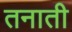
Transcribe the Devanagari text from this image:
तनाती